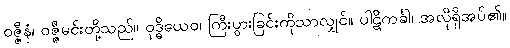
ဝဇ္ဇီနံ၊ ဝဇ္ဇီမင်းတို့သည်။ ဝုဒ္ဓိယေဝ၊ ကြီးပွားခြင်းကိုသာလျှင်။ ပါဋိကင်္ခါ၊ အလိုရှိအပ်၏။